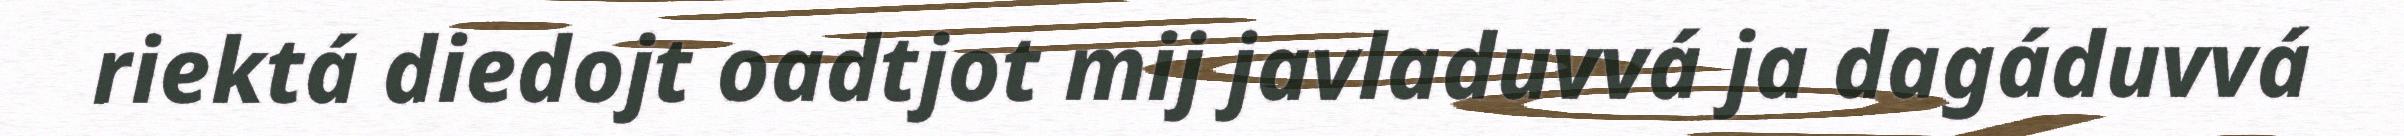
riektá diedojt oadtjot mij javladuvvá ja dagáduvvá